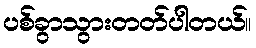
ပစ်ခွာသွားတတ်ပါတယ်။